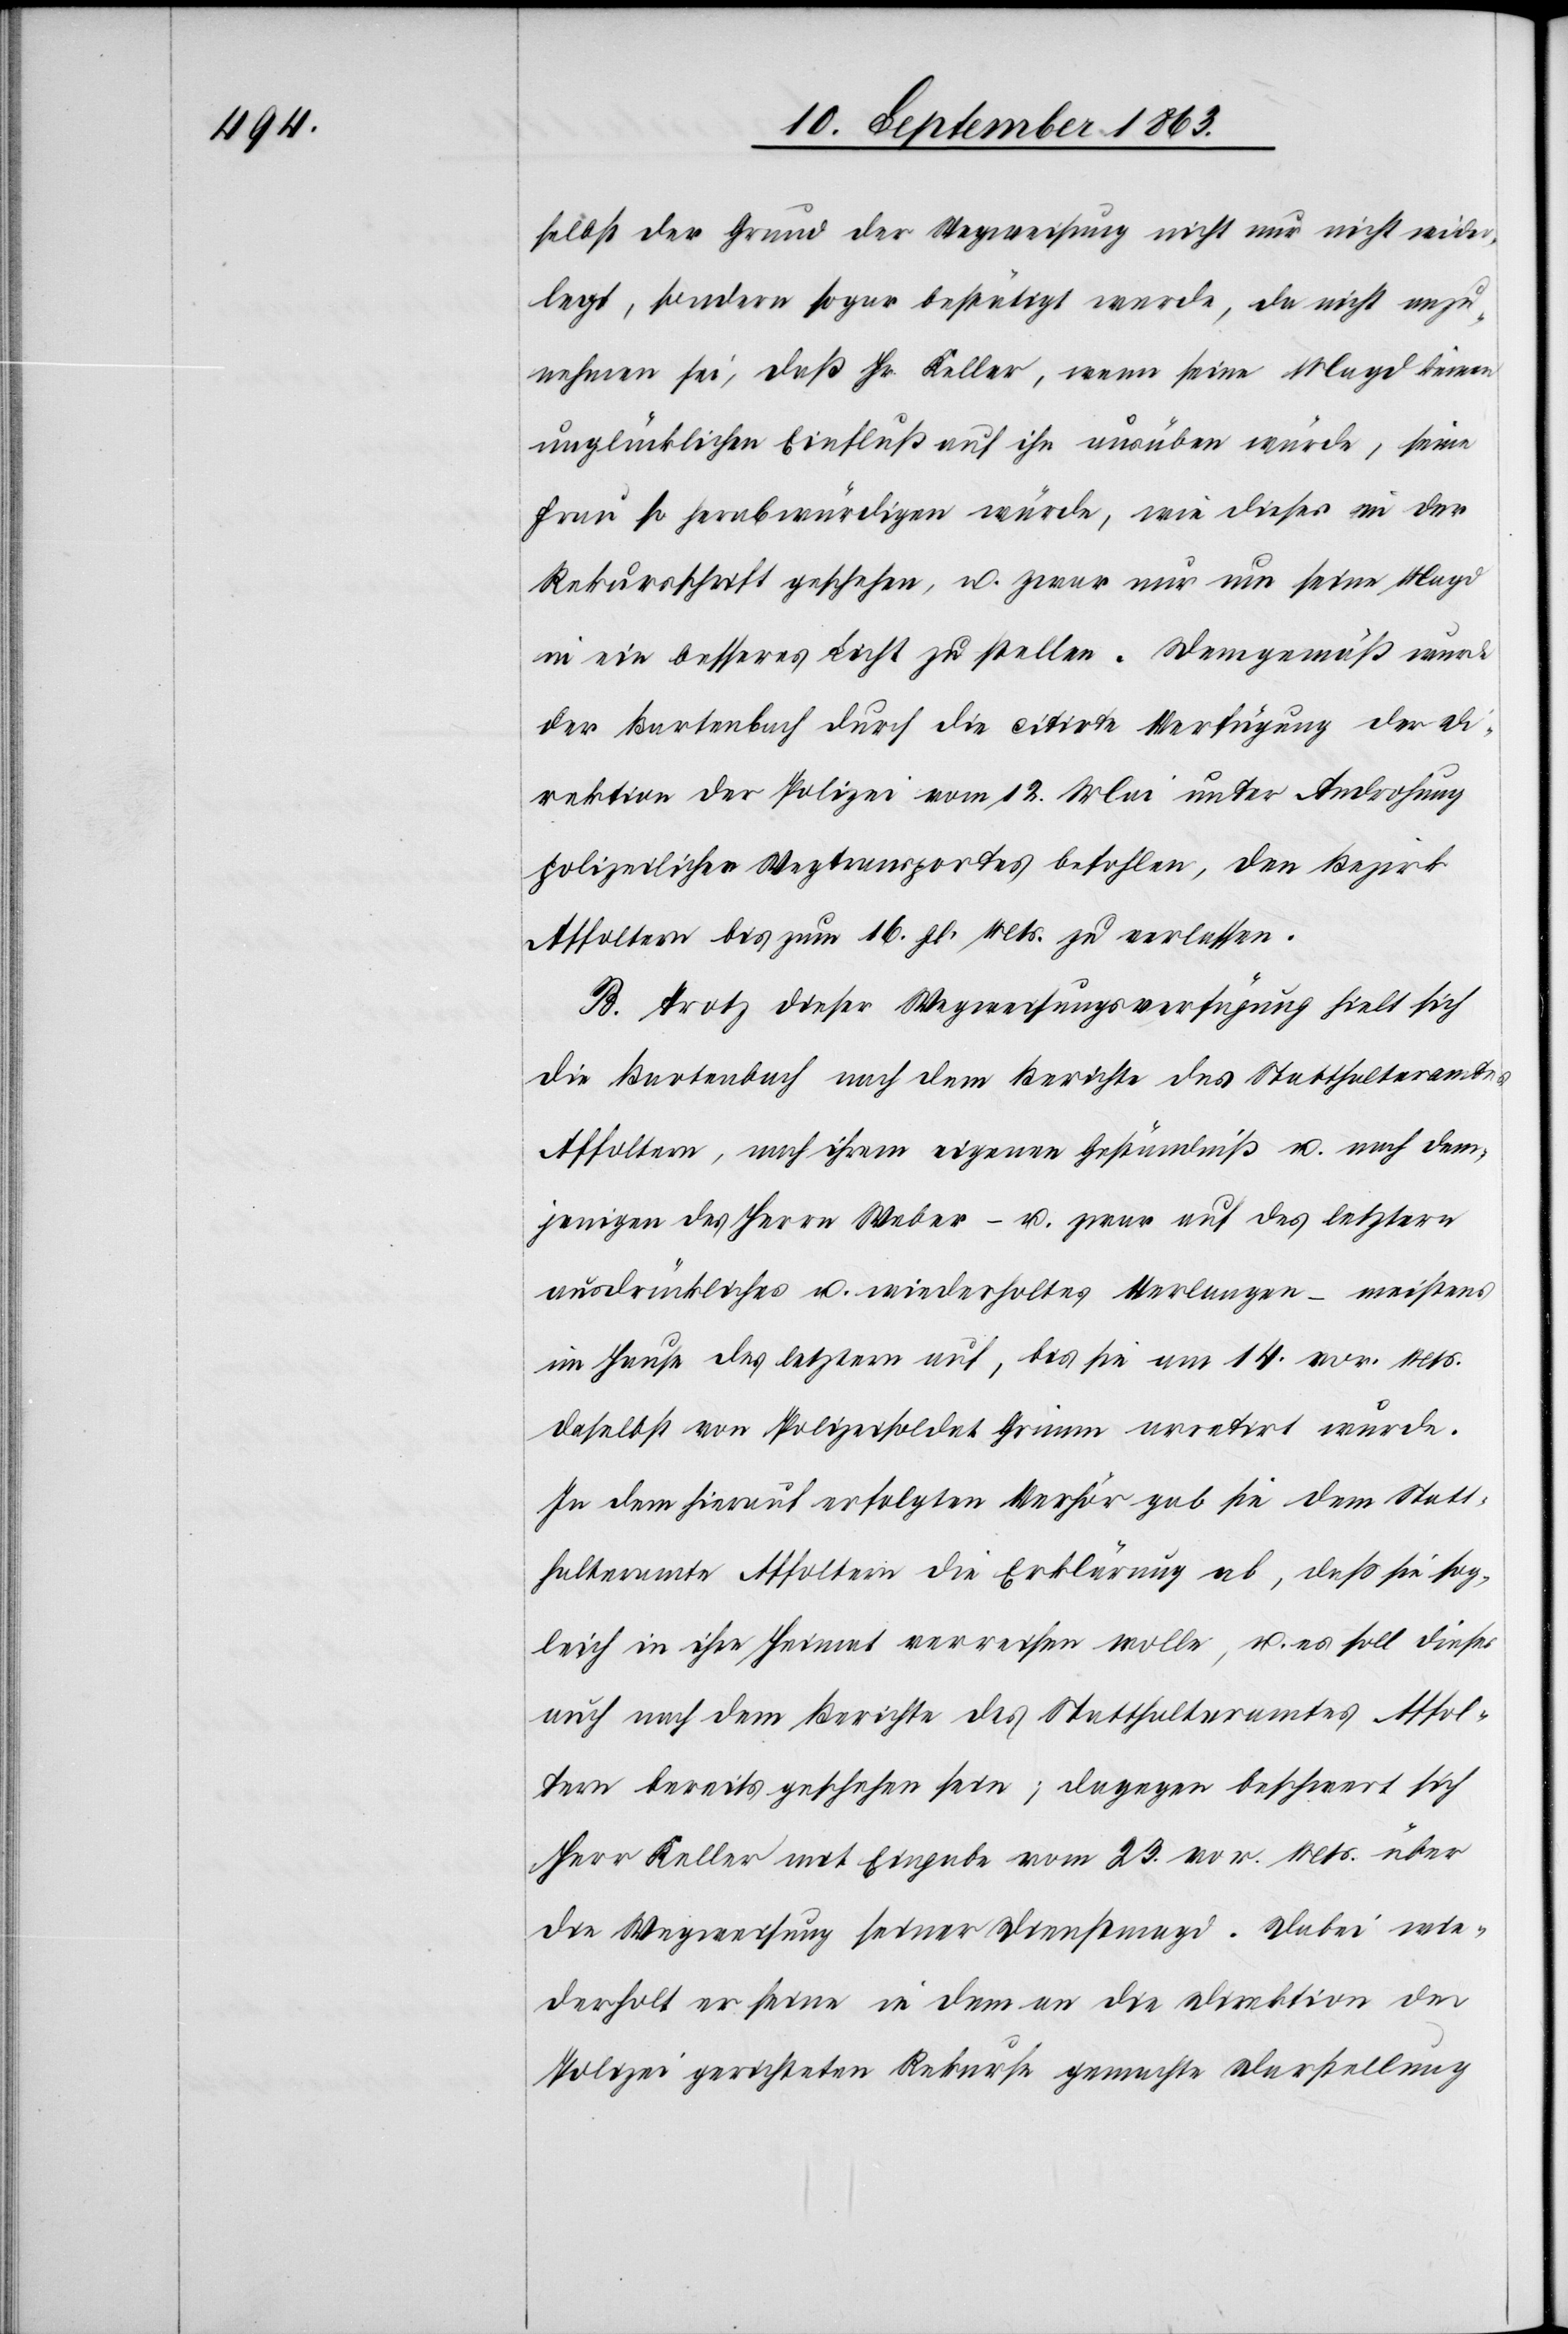
selbst der Grund der Wegweisung nicht nur nicht wider¬
legt, sondern sogar bestätigt werde, da nicht anzu¬
nehmen sei, daß Hr. Keller, wenn seine Magd keinen
unglücklichen Einfluß auf ihn ausüben würde, seine
Frau so herabwürdigen würde, wie dieses in der
Rekursschrift geschehen, u. zwar nur um seine Magd
in ein besseres Licht zu stellen. Demgemäß wurde
der Bartenbach durch die citirte Verfügung der Di¬
rektion der Polizei vom 12. Mai unter Androhung
polizeilichen Wegtransportes befohlen, den Bezirk
Affoltern bis zum 16. gl. Mts. zu verlassen.
B. Trotz dieser Wegweisungsverfügung hielt sich
die Bartenbach nach dem Berichte des Statthalteramtes
Affoltern, nach ihrem eigenen Geständniß u. nach dem¬
jenigen des Herrn Weber – u. zwar auf des letztern
ausdrückliches u. wiederholtes Verlangen – meistens
im Hause des letztern auf, bis sie am 14. vor. Mts.
daselbst von Polizeisoldat Grimm arretirt wurde.
In dem hierauf erfolgten Verhör gab sie dem Statt¬
halteramte Affoltern die Erklärung ab, daß sie sog¬
leich in ihre Heimat verreisen wolle, u. es soll dieses
auch nach dem Berichte des Statthalteramtes Affol¬
tern bereits geschehen sein; dagegen beschwert sich
Herr Keller mit Eingabe vom 23. vor. Mts. über
die Wegweisung seiner Dienstmagd. Dabei wie¬
derholt er seine in dem an die Direktion der
Polizei gerichteten Rekurse gemachte Darstellung